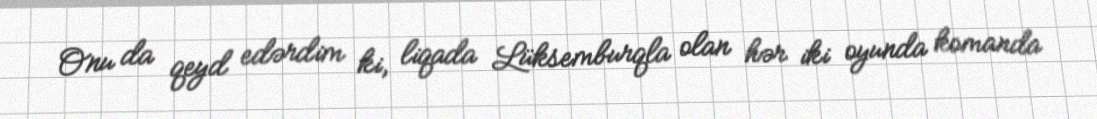
Onu da qeyd edərdim ki, liqada Lüksemburqla olan hər iki oyunda komanda